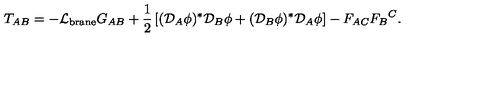
T _ { A B } = - { \cal L } _ { \mathrm { b r a n e } } G _ { A B } + \frac { 1 } { 2 } \left[ ( { \cal D } _ { A } \phi ) ^ { * } { \cal D } _ { B } \phi + ( { \cal D } _ { B } \phi ) ^ { * } { \cal D } _ { A } \phi \right] - F _ { A C } { F _ { B } } ^ { C } .